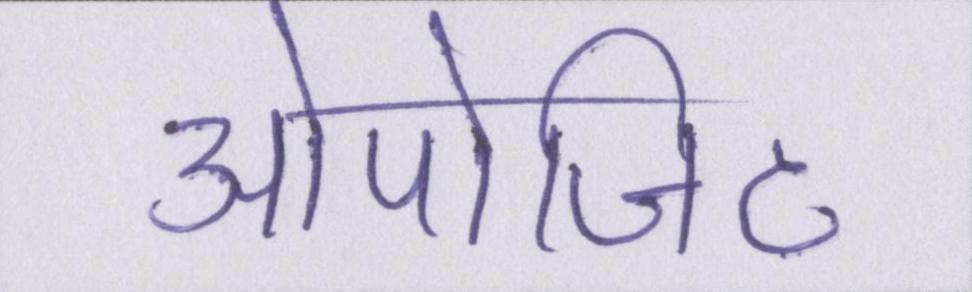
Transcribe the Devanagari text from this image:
ओपोजिट